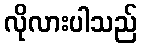
လိုလားပါသည်